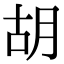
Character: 胡